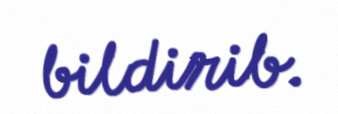
bildirib.